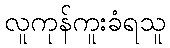
လူကုန်ကူးခံရသူ